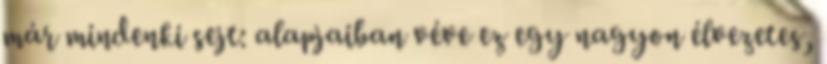
már mindenki sejt: alapjaiban véve ez egy nagyon élvezetes,